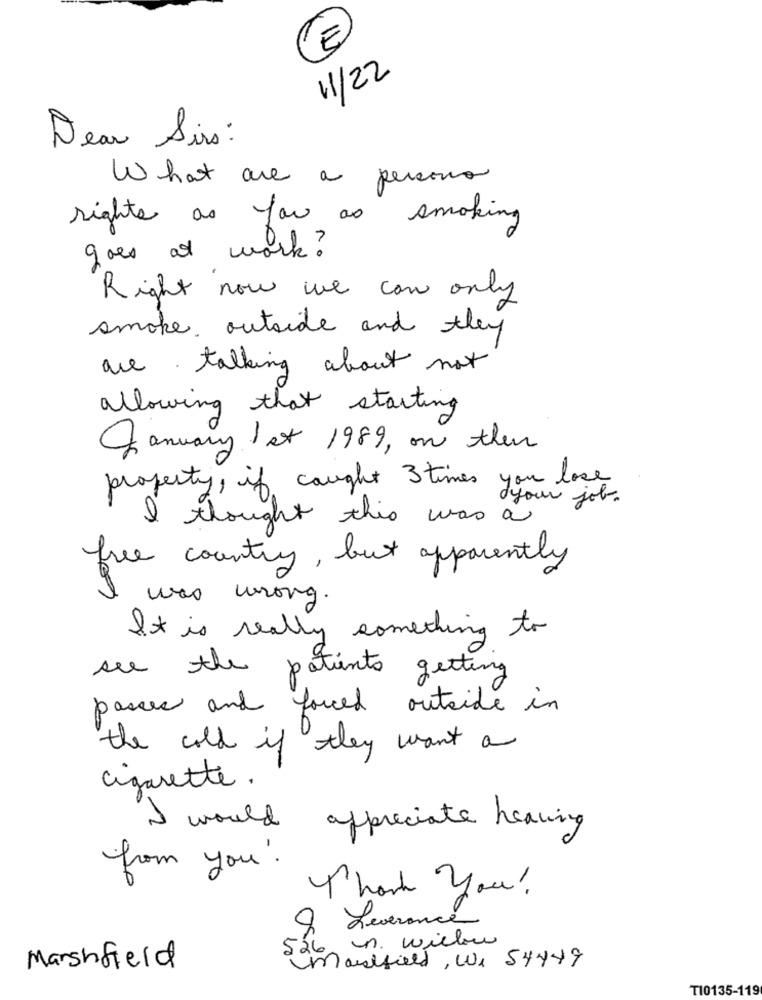
E
11/22
Dear Sirs:
What are a persone
rights as far as smoking
goes at work?
Right now we can only
smoke outside and they
are talking about not
allowing that starting
January 1st 1989, on then
property, if caught 3 times you lose
your job.
I thought this was a
free country, but apparently
was wrong .
It is really something to
see the patients getting
passes and forced outside in
the cold if they want a
cigarette.
I would appreciate heaving
from you !
Thank you!
9 Leverance
526, n. wieber
Marshfield
marshfield, We 54449
T10135-119